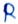
Text: R